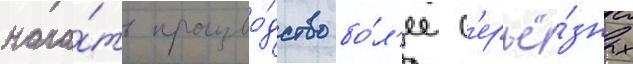
нача́ть произво́дство бо́л'ее с'ерьё́зных